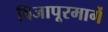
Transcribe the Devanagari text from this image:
विजापूरमार्गे